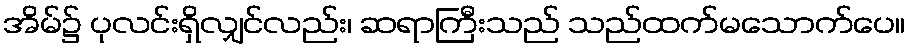
အိမ်၌ ပုလင်းရှိလျှင်လည်း၊ ဆရာကြီးသည် သည်ထက်မသောက်ပေ။